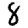
Digit: 8